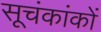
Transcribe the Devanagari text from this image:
सूचंकांकों